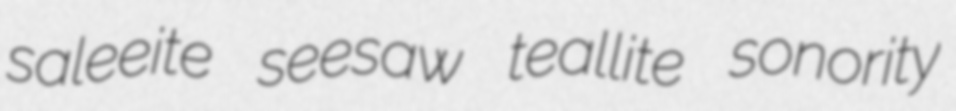
saleeite seesaw teallite sonority